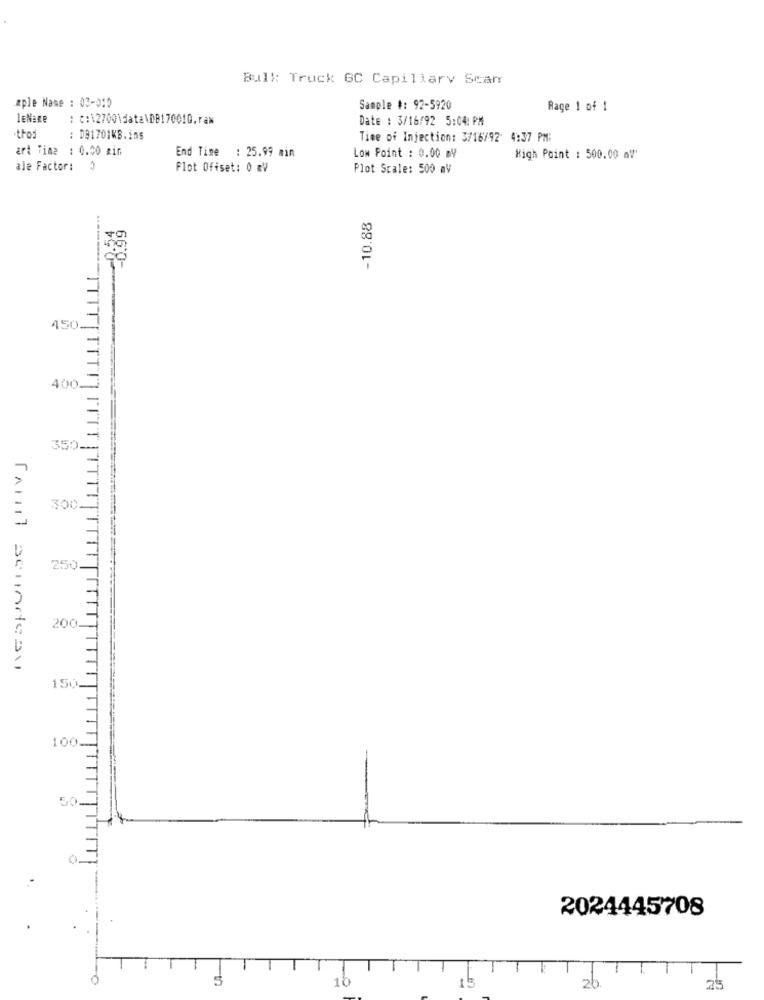
Bulk Truck GC Capillary Scamr
mple Name : 03-010
Sample #: 92-5920
Rage 1 of 1
LENaRe
: c:\2700\data\DB17001G.raw
Date : 3/16/92 5:04: PM
thod
: 091701KB.ins
Time of Injection: 3/16/92 4:37 PM:
art Time : 0.00 min
End Time : 25.99 min
Low Point : 0.00 ml
High Point : 500.00 m!'
ale Factor: 3
Flot Offset: 0 mV
Plot Scale: 500 aV
-10.88
68.8-
450-
400-
350-
300.
250
200
150.
100.
2024445708
15
20
25